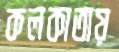
কলকাতায়